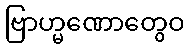
ဗြာဟ္မဏောတွေဝ